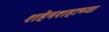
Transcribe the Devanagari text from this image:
शहेनशहाच्या